Lunatic asylums in Bengal annual reports 1912-1924 - 1912-1924
Year: 1912
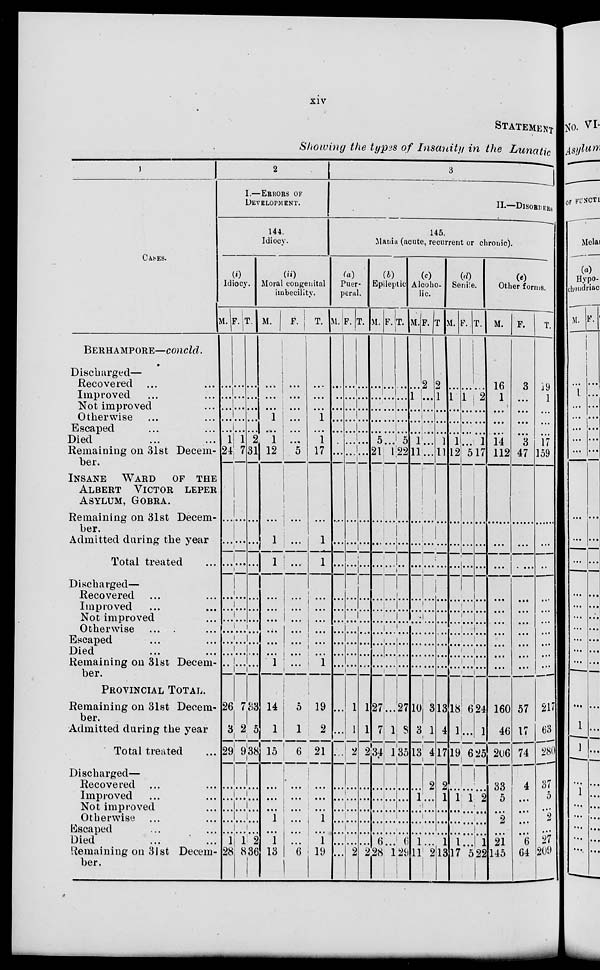
xiv
STATEMENT
Showing the types of Insanity in the Lunatic
1
CASES.
BERAMPORE—concld.
Discharged—
Recovered ... ...
Improved ... ...
Not improved ...
Otherwise ... ...
Escaped ... ...
Died ... ...
Remaining on 31st Decem-
ber.
INSANE WARD
OF THE
ALBERT VICTOR LEPER
ASYLUM, GOBRA.
Remaining on 31st Decem-
ber.
Admitted during the year
Total treated ...
Discharged—
Recovered ... ...
Improved ... ...
Not improved ...
Otherwise ... ...
Escaped ... ...
Died ... ...
Remaining on 31st Decem-
ber.
PROVINCIAL TOTAL.
Remaining on 31st Decem-
ber.
Admitted during the year
Total treated ...
Discharged—
Recovered ... ...
Improved ... ...
Not improved ...
Otherwise ... ...
Escaped ... ...
Died ... ...
Remaining on 31st Decem-
ber.
2
I.—ERRORS OF
DEVELOPMENT.
144.
Idiocy.
(i)
Idiocy.
M.
...
...
...
...
...
1
24
...
...
...
...
...
...
...
...
...
...
26
3
29
...
...
...
...
...
1
28
F.
...
...
...
...
...
1
7
...
...
...
...
....
...
...
...
...
...
7
2
9
...
...
...
...
...
1
8
T.
...
...
...
...
...
2
31
...
...
...
...
...
...
...
...
...
...
33
5
38
...
...
...
...
...
2
36
(ii)
Moral congenital
imbecility.
M.
...
...
...
1
...
1
12
...
1
1
...
...
...
...
....
...
1
14
1
15
...
...
...
1
...
1
13
F.
...
...
...
...
...
...
5
...
...
...
...
...
...
...
...
...
...
5
1
6
...
...
...
...
...
...
6
T.
...
...
...
1
...
1
17
...
1
1
...
...
...
...
...
...
1
19
2
21
...
...
...
1
1
19
3
II.—DISORDERS
145
Mania (acute, recurrent or chronic).
(a)
Puer-
peral.
M.
...
...
...
...
...
...
...
...
...
...
...
...
...
...
...
...
...
...
...
...
...
...
...
...
...
...
...
F.
...
...
...
...
...
...
...
...
...
...
...
...
...
...
...
...
...
1
1
2
...
...
...
...
...
...
2
T.
...
...
...
...
...
...
...
...
...
...
...
...
...
...
...
...
...
1
1
2
...
...
...
...
...
...
2
(b)
Epileptic
M.
...
...
...
...
...
5
21
...
...
...
...
...
...
...
...
...
...
27
7
34
...
...
...
...
...
6
28
F.
...
...
...
...
...
...
1
...
...
...
...
...
...
...
...
...
...
...
1
1
...
...
...
...
...
...
1
T.
...
1
...
...
...
5
22
...
...
...
...
...
...
...
...
...
...
27
8
35
...
...
...
...
...
6
29
(c)
Alcho-
-ic.
M.
..
...
...
...
...
1
11
...
...
...
...
...
...
...
...
...
...
10
3
13
...
1
...
...
...
1
11
F.
2
..
...
...
...
...
...
...
...
...
...
...
...
...
...
...
...
3
1
4
2
...
...
...
...
...
2
T.
2
1
...
...
...
1
11
...
...
...
...
...
...
...
...
...
...
13
4
17
...
1
...
...
...
...
13
(d)
Senile.
M.
....
1
...
...
...
1
12
...
...
...
...
...
...
...
...
...
...
18
1
19
2
1
...
...
...
1
17
F.
...
1
...
...
...
...
5
...
...
...
...
...
...
...
...
...
...
6
...
6
...
1
...
...
...
...
5
T.
...
2
...
...
...
1
17
...
...
...
...
...
...
...
...
...
...
24
1
25
...
2
...
...
...
1
22
(e)
Other forms.
M.
16
1
...
...
...
14
112
...
...
...
...
...
...
...
...
...
...
160
46
206
33
5
...
2
...
21
145
F.
3
...
...
...
...
3
47
...
...
...
...
...
...
...
...
...
...
57
17
74
4
...
...
...
...
6
64
T.
19
1
...
...
...
17
159
...
...
...
...
...
...
...
...
...
...
217
63
280
37
5
...
2
...
27
209